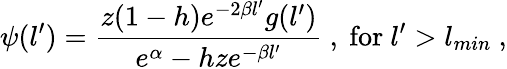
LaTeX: \psi(l^{\prime})=\frac{z(1-h)e^{-2\beta l^{\prime}}g(l^{\prime})}{e^{\alpha}-hze^{-\beta l^{\prime}}}\ ,\ \mathrm{for}\ l^{\prime}>l_{min}\ ,